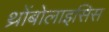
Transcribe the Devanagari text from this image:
थ्रोंबोलाइसिस